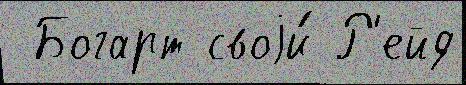
 Богарт своjи́ Р'ейд